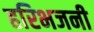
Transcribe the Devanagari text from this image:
हरिभजनी